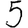
Digit: 5